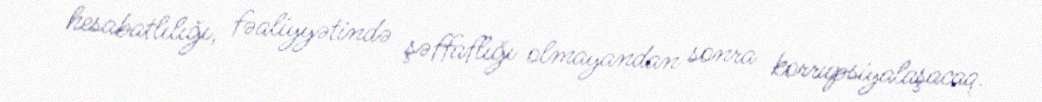
hesabatlılığı, fəaliyyətində şəffaflığı olmayandan sonra korrupsiyalaşacaq.